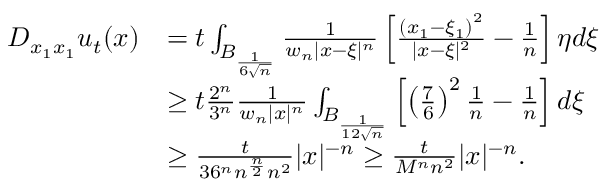
\begin{array} { r l } { D _ { x _ { 1 } x _ { 1 } } u _ { t } ( x ) } & { = t \int _ { B _ { \frac { 1 } { 6 \sqrt { n } } } } \frac { 1 } { w _ { n } | x - \xi | ^ { n } } \left[ \frac { \left( x _ { 1 } - \xi _ { 1 } \right) ^ { 2 } } { | x - \xi | ^ { 2 } } - \frac { 1 } { n } \right] \eta d \xi } \\ & { \geq t \frac { 2 ^ { n } } { 3 ^ { n } } \frac { 1 } { w _ { n } | x | ^ { n } } \int _ { B _ { \frac { 1 } { 1 2 \sqrt { n } } } } \left[ \left( \frac { 7 } { 6 } \right) ^ { 2 } \frac { 1 } { n } - \frac { 1 } { n } \right] d \xi } \\ & { \geq \frac { t } { 3 6 ^ { n } n ^ { \frac { n } { 2 } } n ^ { 2 } } | x | ^ { - n } \geq \frac { t } { M ^ { n } n ^ { 2 } } | x | ^ { - n } . } \end{array}